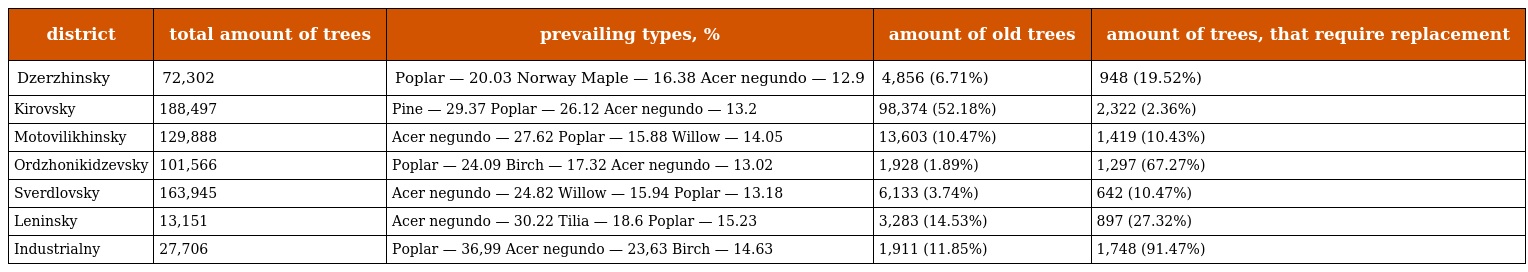
| district | total amount of trees | prevailing types, % | amount of old trees | amount of trees, that require replacement |
 | --- | --- | --- | --- | --- |
 | Dzerzhinsky | 72,302 | Poplar — 20.03 Norway Maple — 16.38 Acer negundo — 12.9 | 4,856 (6.71%) | 948 (19.52%) |
 | Kirovsky | 188,497 | Pine — 29.37 Poplar — 26.12 Acer negundo — 13.2 | 98,374 (52.18%) | 2,322 (2.36%) |
 | Motovilikhinsky | 129,888 | Acer negundo — 27.62 Poplar — 15.88 Willow — 14.05 | 13,603 (10.47%) | 1,419 (10.43%) |
 | Ordzhonikidzevsky | 101,566 | Poplar — 24.09 Birch — 17.32 Acer negundo — 13.02 | 1,928 (1.89%) | 1,297 (67.27%) |
 | Sverdlovsky | 163,945 | Acer negundo — 24.82 Willow — 15.94 Poplar — 13.18 | 6,133 (3.74%) | 642 (10.47%) |
 | Leninsky | 13,151 | Acer negundo — 30.22 Tilia — 18.6 Poplar — 15.23 | 3,283 (14.53%) | 897 (27.32%) |
 | Industrialny | 27,706 | Poplar — 36,99 Acer negundo — 23,63 Birch — 14.63 | 1,911 (11.85%) | 1,748 (91.47%) |